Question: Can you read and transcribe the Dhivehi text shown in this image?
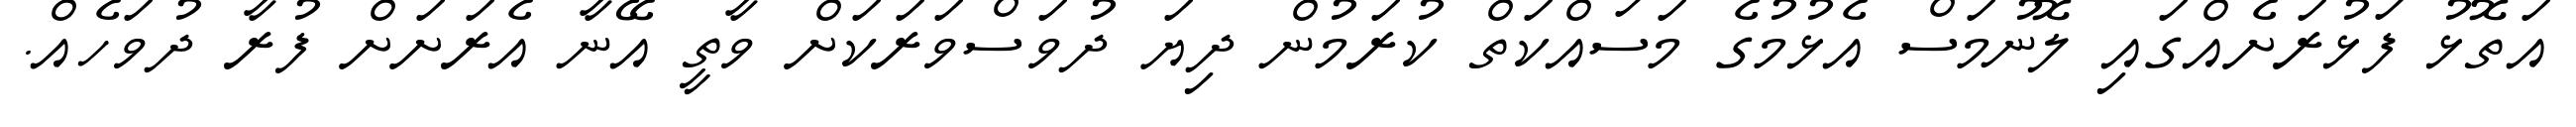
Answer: އަތޮޅު ފަޅުރަށެއްގައި ލޮނުމަސް އެޅުމުގެ މަސައްކަތް ކުރަމުން ދިޔަ ދުވަސްވަރަކަށް ވާތީ އޭނާ އެރަށަށް ފުރާ ދުވަހެއް.